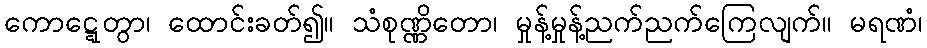
ကောဋ္ဋေတွာ၊ ထောင်းခတ်၍။ သံစုဏ္ဏိတော၊ မှုန့်မှုန့်ညက်ညက်ကြေလျက်။ မရဏံ၊